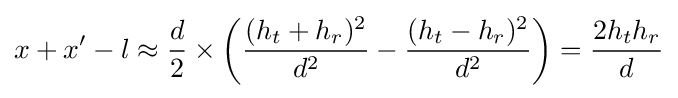
x+x'-l\approx {\frac {d}{2}}\times \left({\frac {(h_{t}+h_{r})^{2}}{d^{2}}}-{\frac {(h_{t}-h_{r})^{2}}{d^{2}}}\right)={\frac {2h_{t}h_{r}}{d}}